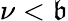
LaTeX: \nu<\mathfrak{b}